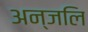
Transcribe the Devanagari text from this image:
अन्जलि